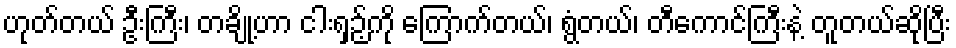
ဟုတ်တယ် ဦးကြီး၊ တချို့ဟာ ငါးရှဉ့်ကို ကြောက်တယ်၊ ရွံတယ်၊ တီကောင်ကြီးနဲ့ တူတယ်ဆိုပြီး